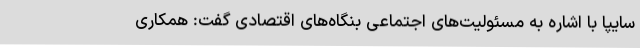
سایپا با اشاره به مسئولیت‌های اجتماعی بنگاه‌های اقتصادی گفت: همکاری